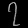
Digit: ၇